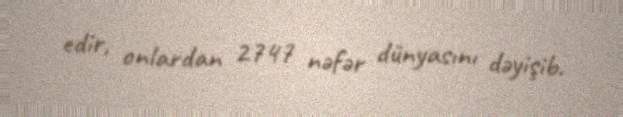
edir, onlardan 2747 nəfər dünyasını dəyişib.